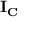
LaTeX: \mathbf { I _ { C } }